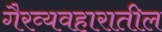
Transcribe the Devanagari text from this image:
गैरव्यवहारातील